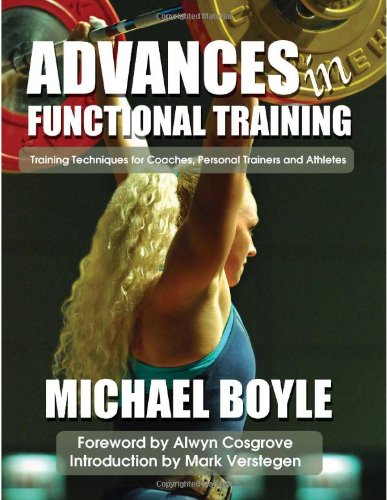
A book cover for Advances in Functional Training: Training Techniques for Coaches, Personal Trainers and Athletes; Michael Boyle; Health, Fitness & Dieting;